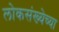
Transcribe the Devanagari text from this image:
लोकसंख्‍येच्‍या